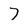
Character: 7